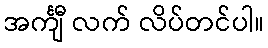
အင်္ကျီ လက် လိပ်တင်ပါ။